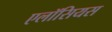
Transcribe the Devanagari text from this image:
एलॉसियस